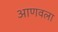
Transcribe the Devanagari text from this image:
आणवला